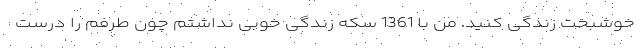
خوشبخت زندگی کنید. من با 1361 سکه زندگی خوبی نداشتم چون طرفم را درست